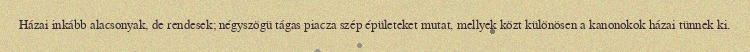
Házai inkább alacsonyak, de rendesek; négyszögü tágas piacza szép épületeket mutat, mellyek közt különösen a kanonokok házai tünnek ki.